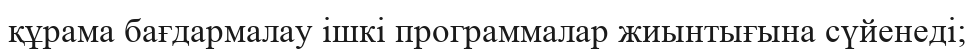
құрама бағдармалау ішкі программалар жиынтығына сүйенеді;